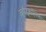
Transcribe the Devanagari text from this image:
व्हॉट्सऍपला